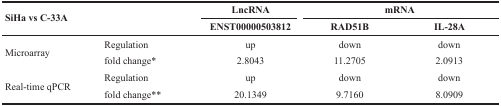
| <ROWSPAN=2-COLSPAN=2> SiHa vs C-33A | LncRNA | <COLSPAN=2> mRNA |
 | ENST00000503812 | RAD51B | IL-28A |
 | --- | --- | --- | --- | --- |
 | <ROWSPAN=2> Microarray | Regulation | up | down | down |
 | fold change* | 2.8043 | 11.2705 | 2.0913 |
 | <ROWSPAN=2> Real-time qPCR | Regulation | up | down | down |
 | fold change** | 20.1349 | 9.7160 | 8.0909 |